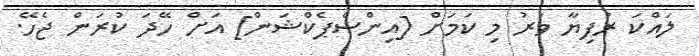
ލައްކަ ރުފިޔާ ވަރު މި ކަމަށް [އިންސްޕެކްޝަން] އަށް ހޭދަ ކުރަން ޖެހޭ.